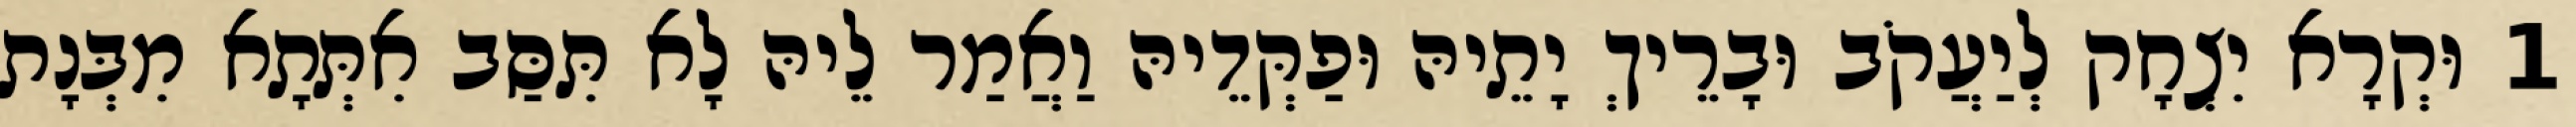
1 וּקְרָא יִצְחָק לְיַעֲקֹב וּבָרֵיךְ יָתֵיהּ וּפַקְּדֵיהּ וַאֲמַר לֵיהּ לָא תִּסַּב אִתְּתָא מִבְּנָת